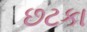
છટકા